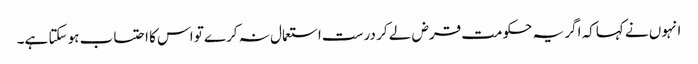
انہوں نے کہاکہ اگر یہ حکومت قرض لے کر درست استعمال نہ کرے تو اس کا احتساب ہو سکتا ہے۔